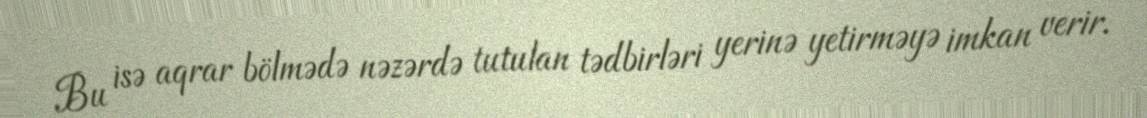
Bu isə aqrar bölmədə nəzərdə tutulan tədbirləri yerinə yetirməyə imkan verir.